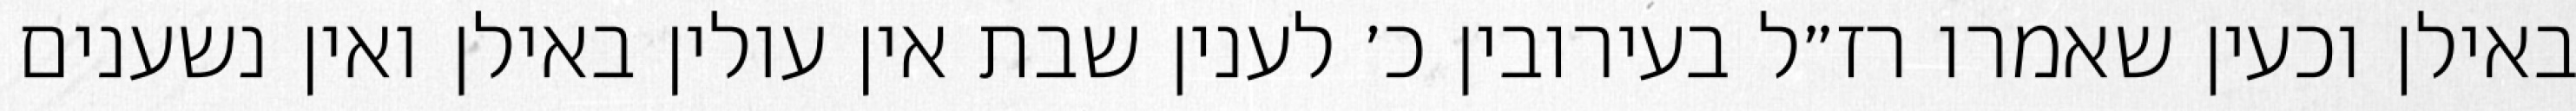
באילן וכעין שאמרו רז״ל בעירובין כ׳ לענין שבת אין עולין באילן ואין נשענים